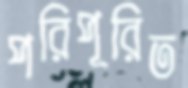
পরিপূরিত